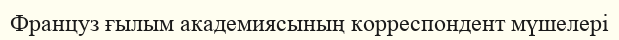
Француз ғылым академиясының корреспондент мүшелері